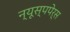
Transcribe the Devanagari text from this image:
न्यूस्पपेर्स